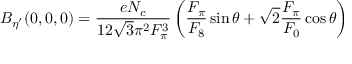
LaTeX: B _ { \eta ^ { \prime } } ( 0 , 0 , 0 ) = { \frac { e N _ { c } } { 1 2 \sqrt { 3 } \pi ^ { 2 } F _ { \pi } ^ { 3 } } } \left( { \frac { F _ { \pi } } { F _ { 8 } } } \sin \theta + \sqrt { 2 } { \frac { F _ { \pi } } { F _ { 0 } } } \cos \theta \right)